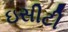
ઇસીટી